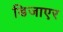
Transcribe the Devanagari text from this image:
डिजाएर